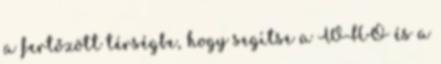
a fertőzött térségbe, hogy segítse a WHO és a